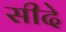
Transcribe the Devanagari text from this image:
सीदे